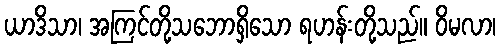
ယာဒိသာ၊ အကြင်တို့သဘောရှိသော ရဟန်းတို့သည်။ ဝိမလာ၊